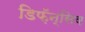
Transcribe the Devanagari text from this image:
डिफ़ॅन्सिव